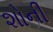
શોની